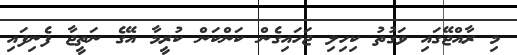
މި ރާއްޖޭގައި ވަގުތު ކިހިލި ޖަހައިގެން ކަންކަން ކުރީމާ އޭގެ ނަތީޖާ ފެނިފައި